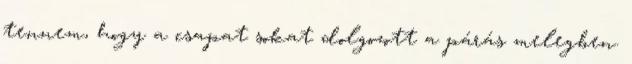
tennem, hogy a csapat sokat dolgozott a párás melegben.